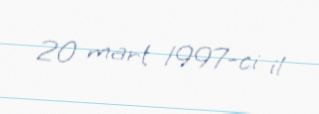
20 mart 1997-ci il